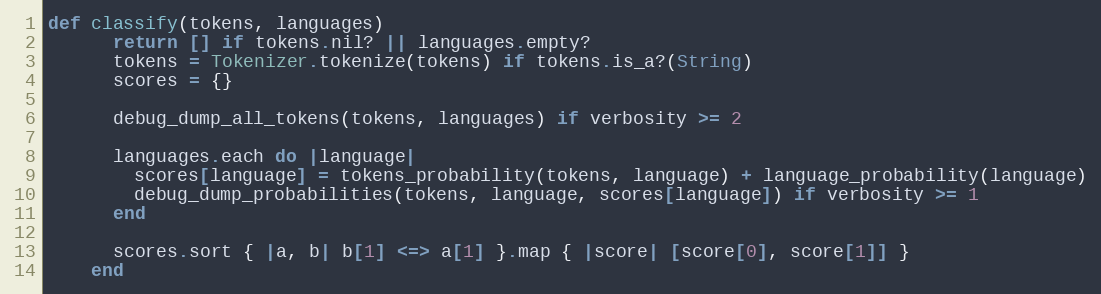
Language: Ruby
def classify(tokens, languages)
      return [] if tokens.nil? || languages.empty?
      tokens = Tokenizer.tokenize(tokens) if tokens.is_a?(String)
      scores = {}

      debug_dump_all_tokens(tokens, languages) if verbosity >= 2

      languages.each do |language|
        scores[language] = tokens_probability(tokens, language) + language_probability(language)
        debug_dump_probabilities(tokens, language, scores[language]) if verbosity >= 1
      end

      scores.sort { |a, b| b[1] <=> a[1] }.map { |score| [score[0], score[1]] }
    end